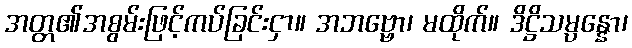
အတ္တ၏အစွမ်းဖြင့်ကပ်ခြင်းငှာ။ အဘဗ္ဗော၊ မထိုက်။ ဒိဋ္ဌိသမ္ပန္နော၊